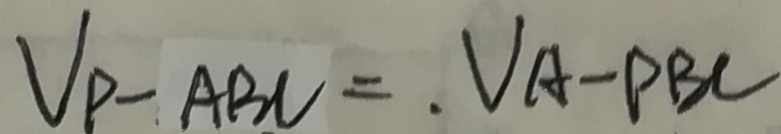
V _ { P } - A B C = . V _ { A } - P B C